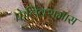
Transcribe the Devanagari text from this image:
फेलिक्समास